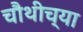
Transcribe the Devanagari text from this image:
चौथीच्या